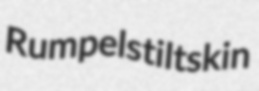
Rumpelstiltskin